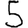
Digit: 5